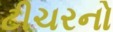
ટીચરનો